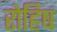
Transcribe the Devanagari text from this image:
रोहिष